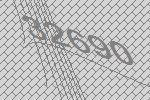
32690